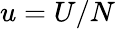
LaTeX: u=U/N